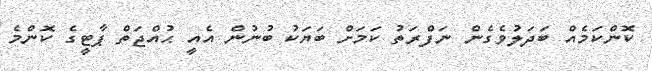
ކޮންކަމެއް ބަދަލުވެގެން ނަފްރަތު ކަމަށް ބަޔަކު ބުނުން އެއީ ޙުއްޖަތް ޕާޓީގެ ކޮންމެ